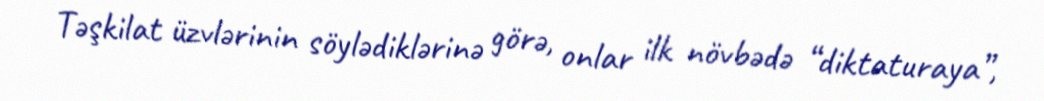
Təşkilat üzvlərinin söylədiklərinə görə, onlar ilk növbədə “diktaturaya”,